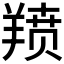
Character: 𫅗